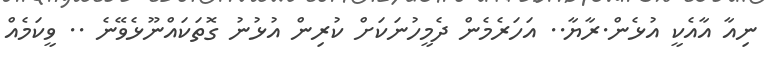
ނިއާ އާއެކީ އުޅެން.ރާޔާ.. އަހަރެމެން ދެމީހުނަކަށް ކުރިން އުޅުނު ގޮތަކައްނޫޅެވޭނެ .. ވީކަމެއް